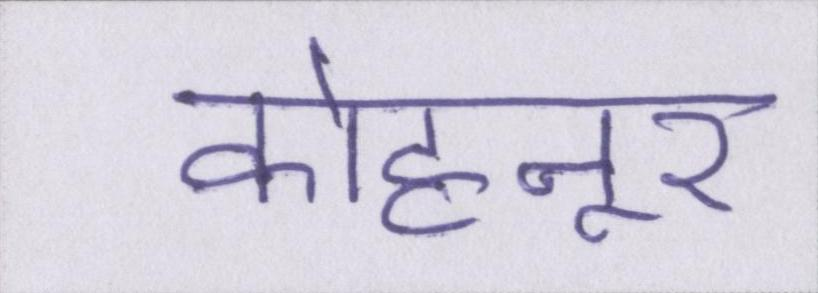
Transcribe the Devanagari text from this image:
कोहनूर